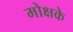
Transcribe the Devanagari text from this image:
मोक्षके